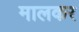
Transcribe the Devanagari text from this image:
मालकर